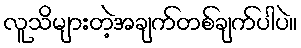
လူသိများတဲ့အချက်တစ်ချက်ပါပဲ။